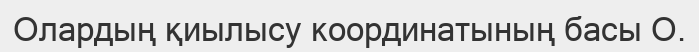
Олардың қиылысу координатының басы О.